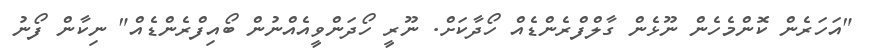
"އަހަރެން ކޮންމެހެން ނޫޅެން ގާލްފްރެންޑެއް ހޯދާކަށް. ނޫރީ ހޯދަންވީއެއްނުން ބޯއިފްރެންޑެއް" ނިކާން ފޯނު